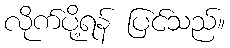
လိုက်ပို့ရန် ပြင်သည်။